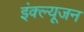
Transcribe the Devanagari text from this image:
इंक्ल्यूजन